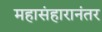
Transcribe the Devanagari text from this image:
महासंहारानंतर